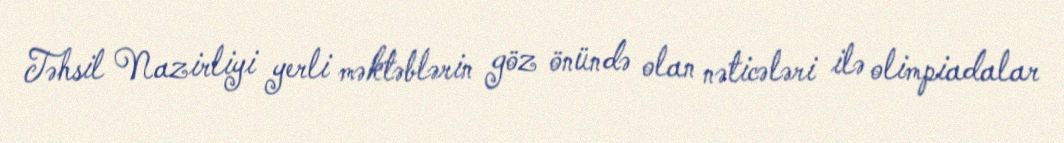
Təhsil Nazirliyi yerli məktəblərin göz önündə olan nəticələri ilə olimpiadalar